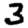
Digit: 3